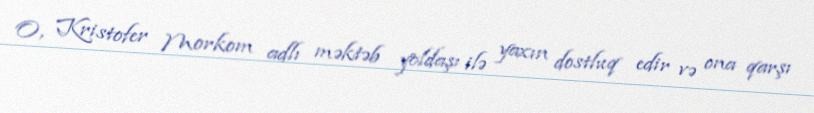
O, Kristofer Morkom adlı məktəb yoldaşı ilə yaxın dostluq edir və ona qarşı